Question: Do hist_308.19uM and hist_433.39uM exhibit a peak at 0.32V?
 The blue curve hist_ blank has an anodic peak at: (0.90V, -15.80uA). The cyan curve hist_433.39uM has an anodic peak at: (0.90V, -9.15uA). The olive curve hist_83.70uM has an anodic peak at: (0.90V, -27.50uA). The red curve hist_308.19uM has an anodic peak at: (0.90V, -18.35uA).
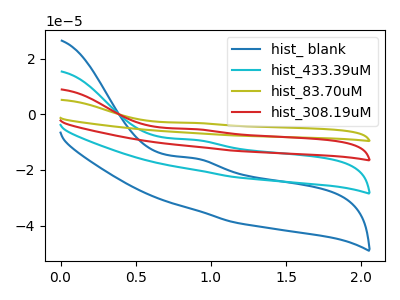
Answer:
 <answer>No, "hist_308.19uM" and "hist_433.39uM" dont share a peak at 0.32V.</answer>
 <eval>mismatch</eval>